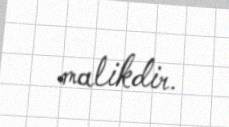
malikdir.